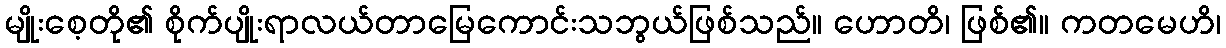
မျိုးစေ့တို၏ စိုက်ပျိုးရာလယ်တာမြေကောင်းသဘွယ်ဖြစ်သည်။ ဟောတိ၊ ဖြစ်၏။ ကတမေဟိ၊